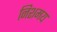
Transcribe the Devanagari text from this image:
निशमय